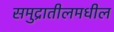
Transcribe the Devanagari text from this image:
समुद्रातीलमधील